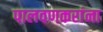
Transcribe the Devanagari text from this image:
पालवणकरांना